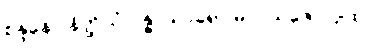
စန္ဒနော နိတ္ထိယံ ဂန္ဓ၊ သာရော မလယဇော ပျထ။